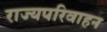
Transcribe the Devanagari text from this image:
राज्यपरिवाहन